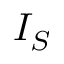
I _ { S }